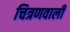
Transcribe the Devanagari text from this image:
चित्रणवाली